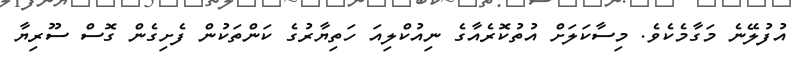
އުފުލޭނެ މަގާމެކެވެ. މިސާކަލަށް އުތުުކޮރެއާގެ ނިއުކްލިއަ ހަތިޔާރުގެ ކަންތަކުން ފެށިގެން ގޮސް ސޫރިޔާ